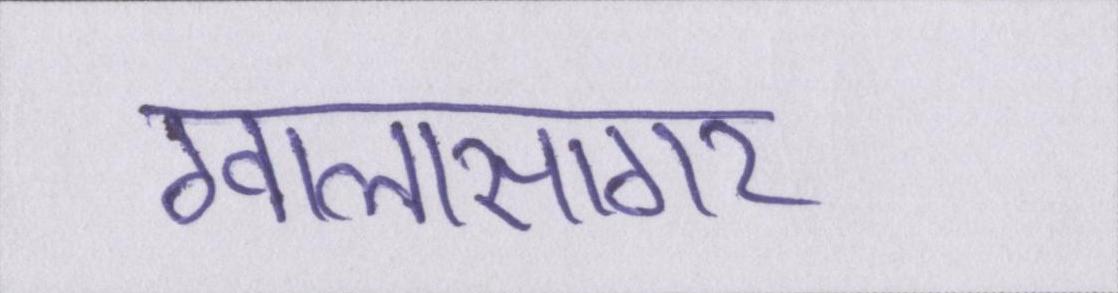
ग्वालासागर